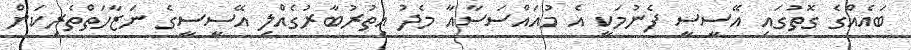
ބައެއްގެ ގޮތުގައި އޭސީސީ ފެނުމަކީ އެ މުއައްސަސާއާ މެދު އިތުރުބާރުގެއްލި އޭސީސީގެ ނަޒާހަތްތެރިކަން